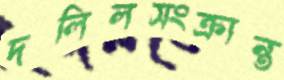
দলিলসংক্রান্ত